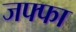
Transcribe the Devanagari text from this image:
जफ्फा